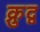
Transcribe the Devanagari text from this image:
क्रुद्व